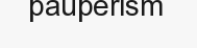
pauperism